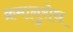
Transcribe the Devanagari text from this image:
क्रमानुरोध